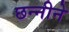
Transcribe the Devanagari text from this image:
छन्नीने